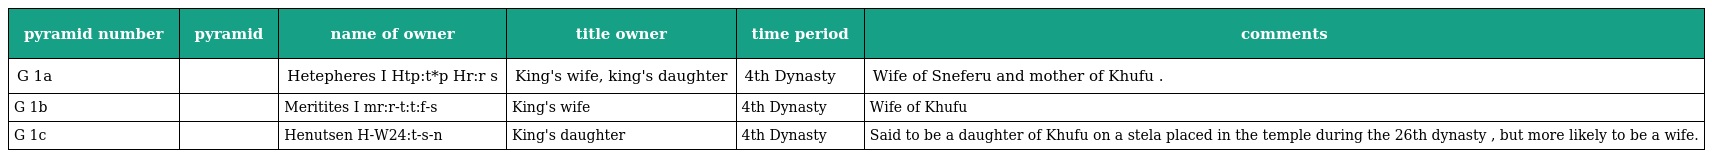
| pyramid number | pyramid | name of owner | title owner | time period | comments |
 | --- | --- | --- | --- | --- | --- |
 | G 1a |  | Hetepheres I Htp:t*p Hr:r s | King's wife, king's daughter | 4th Dynasty | Wife of Sneferu and mother of Khufu . |
 | G 1b |  | Meritites I mr:r-t:t:f-s | King's wife | 4th Dynasty | Wife of Khufu |
 | G 1c |  | Henutsen H-W24:t-s-n | King's daughter | 4th Dynasty | Said to be a daughter of Khufu on a stela placed in the temple during the 26th dynasty , but more likely to be a wife. |